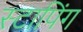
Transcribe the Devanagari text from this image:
स्टापिंग